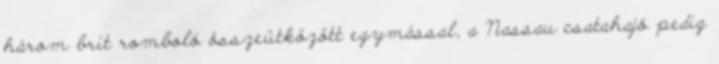
három brit romboló összeütközött egymással, a Nassau csatahajó pedig